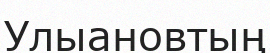
Улыановтың